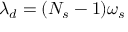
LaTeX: \lambda _ { d } = ( N _ { s } - 1 ) \omega _ { s }